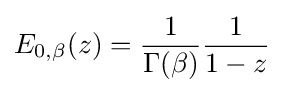
E_{0,\beta }(z)={\frac {1}{\Gamma (\beta )}}{\frac {1}{1-z}}